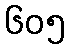
၆၀၅